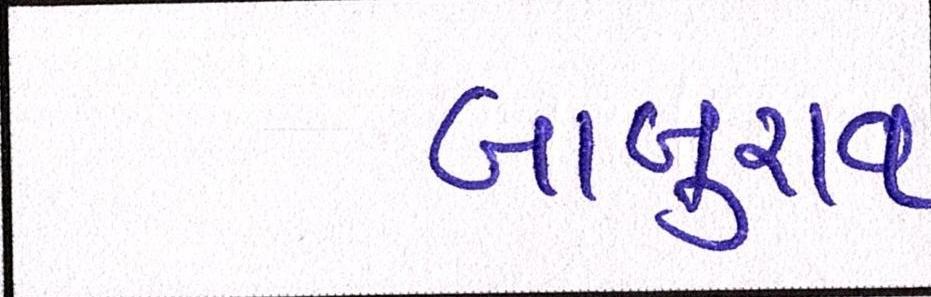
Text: બાબુરાવ